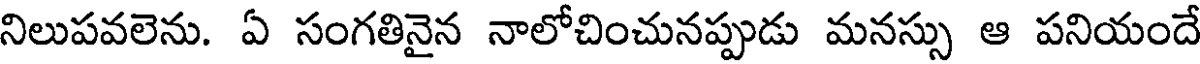
నిలుపవలెను. ఏ సంగతినైన నాలోచించునప్పుడు మనస్సు ఆ పనియందే